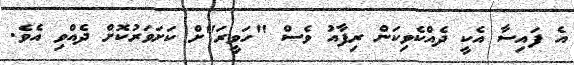
އެ ފައިސާ އެކީ ދެއްކެވިކަން ރިފާއު ވެސް "ހަވީރަ"ށް ކަށަވަރުކޮށް ދެއްވި އެވެ.